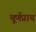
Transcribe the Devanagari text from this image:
चूर्णप्राय